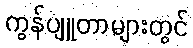
ကွန်ပျူတာများတွင်